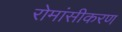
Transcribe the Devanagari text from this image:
रोमांसीकरण